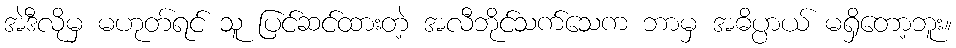
အဲဒီလိုမှ မဟုတ်ရင် သူ ပြင်ဆင်ထားတဲ့ အလီဘိုင်သက်သေက ဘာမှ အဓိပ္ပာယ် မရှိတော့ဘူး။